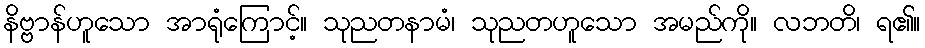
နိဗ္ဗာန်ဟူသော အာရုံကြောင့်။ သုညတနာမံ၊ သုညတဟူသော အမည်ကို။ လဘတိ၊ ရ၏။